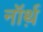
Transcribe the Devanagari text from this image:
नॉर्थ़